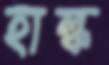
হাল্ক